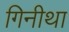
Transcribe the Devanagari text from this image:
गिनीथा